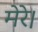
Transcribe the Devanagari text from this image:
मेरे।